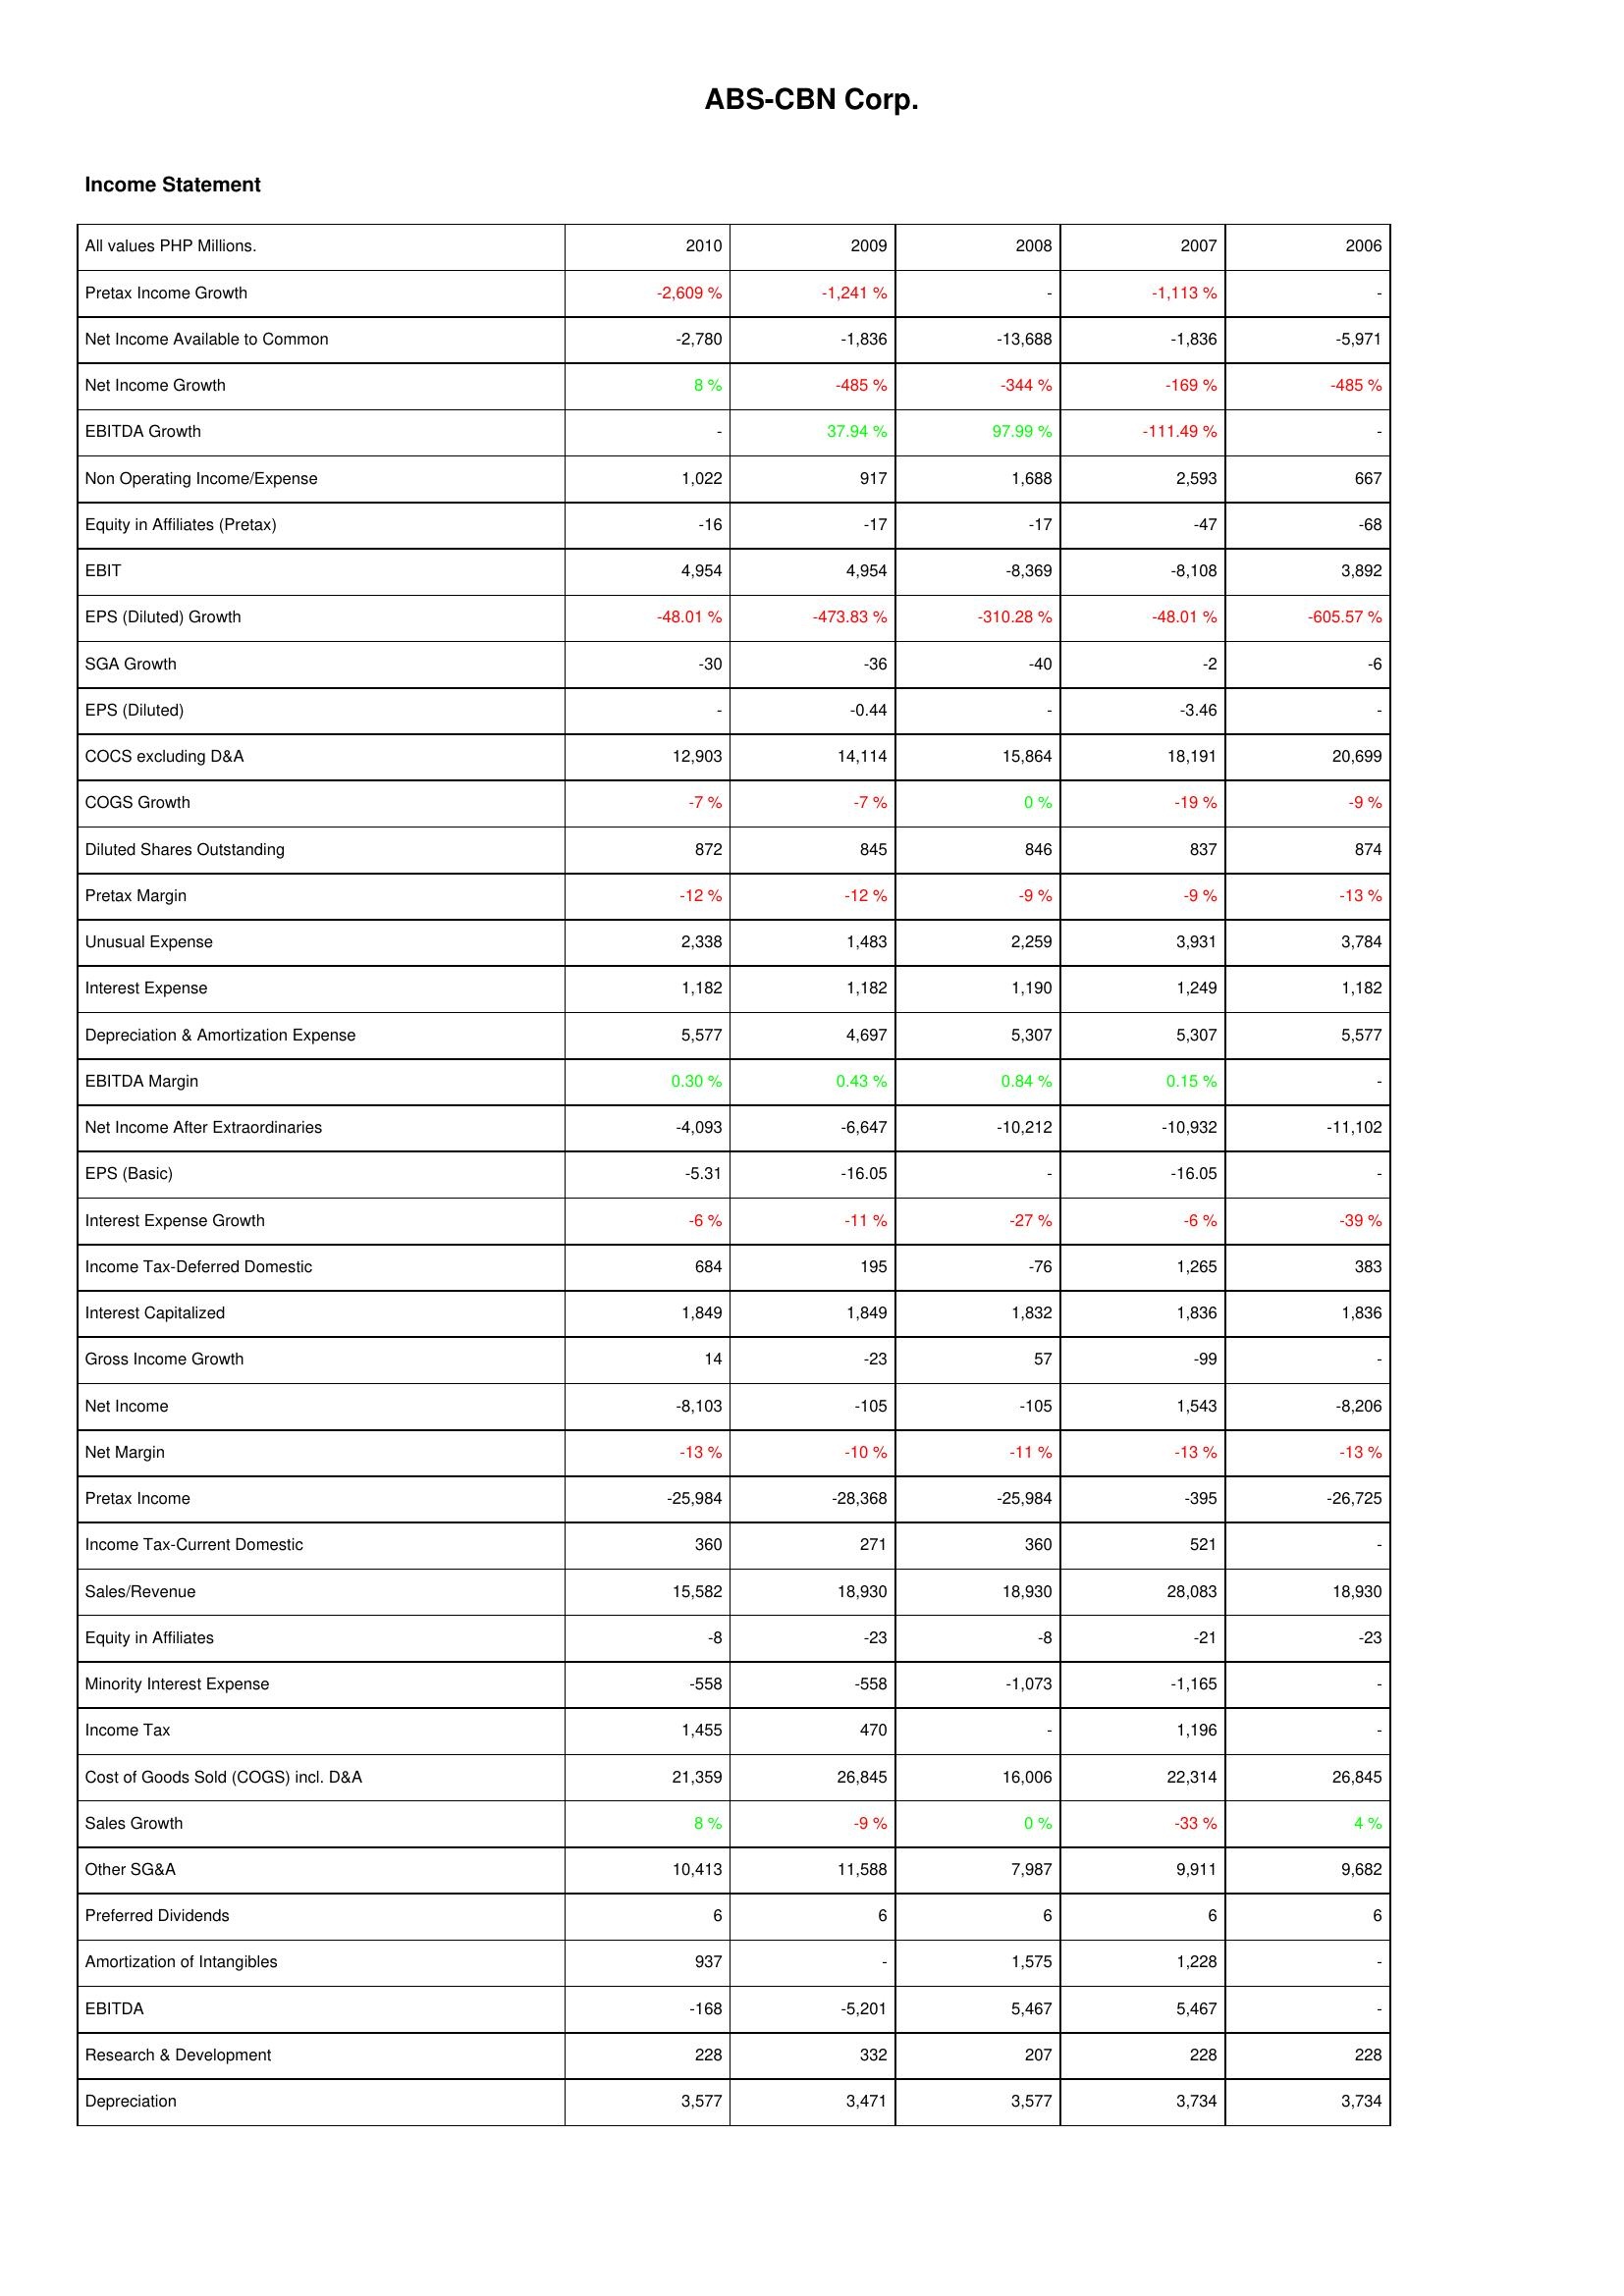
2010: Income Statement: Pretax Income Growth: -2,609 %
Net Income Available to Common: -2,780
Net Income Growth: 8 %
EBITDA Growth: -
Non Operating Income/Expense: 1,022
Equity in Affiliates (Pretax): -16
EBIT: 4,954
EPS (Diluted) Growth: -48.01 %
SGA Growth: -30
EPS (Diluted): -
COCS excluding D&A: 12,903
COGS Growth: -7 %
Diluted Shares Outstanding: 872
Pretax Margin: -12 %
Unusual Expense: 2,338
Interest Expense: 1,182
Depreciation & Amortization Expense: 5,577
EBITDA Margin: 0.30 %
Net Income After Extraordinaries: -4,093
EPS (Basic): -5.31
Interest Expense Growth: -6 %
Income Tax-Deferred Domestic: 684
Interest Capitalized: 1,849
Gross Income Growth: 14
Net Income: -8,103
Net Margin: -13 %
Pretax Income: -25,984
Income Tax-Current Domestic: 360
Sales/Revenue: 15,582
Equity in Affiliates: -8
Minority Interest Expense: -558
Income Tax: 1,455
Cost of Goods Sold (COGS) incl. D&A: 21,359
Sales Growth: 8 %
Other SG&A: 10,413
Preferred Dividends: 6
Amortization of Intangibles: 937
EBITDA: -168
Research & Development: 228
Depreciation: 3,577
2009: Income Statement: Pretax Income Growth: -1,241 %
Net Income Available to Common: -1,836
Net Income Growth: -485 %
EBITDA Growth: 37.94 %
Non Operating Income/Expense: 917
Equity in Affiliates (Pretax): -17
EBIT: 4,954
EPS (Diluted) Growth: -473.83 %
SGA Growth: -36
EPS (Diluted): -0.44
COCS excluding D&A: 14,114
COGS Growth: -7 %
Diluted Shares Outstanding: 845
Pretax Margin: -12 %
Unusual Expense: 1,483
Interest Expense: 1,182
Depreciation & Amortization Expense: 4,697
EBITDA Margin: 0.43 %
Net Income After Extraordinaries: -6,647
EPS (Basic): -16.05
Interest Expense Growth: -11 %
Income Tax-Deferred Domestic: 195
Interest Capitalized: 1,849
Gross Income Growth: -23
Net Income: -105
Net Margin: -10 %
Pretax Income: -28,368
Income Tax-Current Domestic: 271
Sales/Revenue: 18,930
Equity in Affiliates: -23
Minority Interest Expense: -558
Income Tax: 470
Cost of Goods Sold (COGS) incl. D&A: 26,845
Sales Growth: -9 %
Other SG&A: 11,588
Preferred Dividends: 6
Amortization of Intangibles: -
EBITDA: -5,201
Research & Development: 332
Depreciation: 3,471
2008: Income Statement: Pretax Income Growth: -
Net Income Available to Common: -13,688
Net Income Growth: -344 %
EBITDA Growth: 97.99 %
Non Operating Income/Expense: 1,688
Equity in Affiliates (Pretax): -17
EBIT: -8,369
EPS (Diluted) Growth: -310.28 %
SGA Growth: -40
EPS (Diluted): -
COCS excluding D&A: 15,864
COGS Growth: 0 %
Diluted Shares Outstanding: 846
Pretax Margin: -9 %
Unusual Expense: 2,259
Interest Expense: 1,190
Depreciation & Amortization Expense: 5,307
EBITDA Margin: 0.84 %
Net Income After Extraordinaries: -10,212
EPS (Basic): -
Interest Expense Growth: -27 %
Income Tax-Deferred Domestic: -76
Interest Capitalized: 1,832
Gross Income Growth: 57
Net Income: -105
Net Margin: -11 %
Pretax Income: -25,984
Income Tax-Current Domestic: 360
Sales/Revenue: 18,930
Equity in Affiliates: -8
Minority Interest Expense: -1,073
Income Tax: -
Cost of Goods Sold (COGS) incl. D&A: 16,006
Sales Growth: 0 %
Other SG&A: 7,987
Preferred Dividends: 6
Amortization of Intangibles: 1,575
EBITDA: 5,467
Research & Development: 207
Depreciation: 3,577
2007: Income Statement: Pretax Income Growth: -1,113 %
Net Income Available to Common: -1,836
Net Income Growth: -169 %
EBITDA Growth: -111.49 %
Non Operating Income/Expense: 2,593
Equity in Affiliates (Pretax): -47
EBIT: -8,108
EPS (Diluted) Growth: -48.01 %
SGA Growth: -2
EPS (Diluted): -3.46
COCS excluding D&A: 18,191
COGS Growth: -19 %
Diluted Shares Outstanding: 837
Pretax Margin: -9 %
Unusual Expense: 3,931
Interest Expense: 1,249
Depreciation & Amortization Expense: 5,307
EBITDA Margin: 0.15 %
Net Income After Extraordinaries: -10,932
EPS (Basic): -16.05
Interest Expense Growth: -6 %
Income Tax-Deferred Domestic: 1,265
Interest Capitalized: 1,836
Gross Income Growth: -99
Net Income: 1,543
Net Margin: -13 %
Pretax Income: -395
Income Tax-Current Domestic: 521
Sales/Revenue: 28,083
Equity in Affiliates: -21
Minority Interest Expense: -1,165
Income Tax: 1,196
Cost of Goods Sold (COGS) incl. D&A: 22,314
Sales Growth: -33 %
Other SG&A: 9,911
Preferred Dividends: 6
Amortization of Intangibles: 1,228
EBITDA: 5,467
Research & Development: 228
Depreciation: 3,734
2006: Income Statement: Pretax Income Growth: -
Net Income Available to Common: -5,971
Net Income Growth: -485 %
EBITDA Growth: -
Non Operating Income/Expense: 667
Equity in Affiliates (Pretax): -68
EBIT: 3,892
EPS (Diluted) Growth: -605.57 %
SGA Growth: -6
EPS (Diluted): -
COCS excluding D&A: 20,699
COGS Growth: -9 %
Diluted Shares Outstanding: 874
Pretax Margin: -13 %
Unusual Expense: 3,784
Interest Expense: 1,182
Depreciation & Amortization Expense: 5,577
EBITDA Margin: -
Net Income After Extraordinaries: -11,102
EPS (Basic): -
Interest Expense Growth: -39 %
Income Tax-Deferred Domestic: 383
Interest Capitalized: 1,836
Gross Income Growth: -
Net Income: -8,206
Net Margin: -13 %
Pretax Income: -26,725
Income Tax-Current Domestic: -
Sales/Revenue: 18,930
Equity in Affiliates: -23
Minority Interest Expense: -
Income Tax: -
Cost of Goods Sold (COGS) incl. D&A: 26,845
Sales Growth: 4 %
Other SG&A: 9,682
Preferred Dividends: 6
Amortization of Intangibles: -
EBITDA: -
Research & Development: 228
Depreciation: 3,734